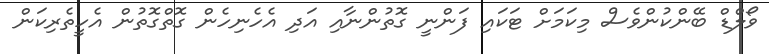
ވޯލްޑް ބޭންކުންވެސް މިކަމަށް ޓަކައި ފަންނީ ގޮތުންނާއި އަދި އެހެނިހެން ގޮތްގޮތުން އެހީތެރިކަން